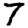
Digit: 7